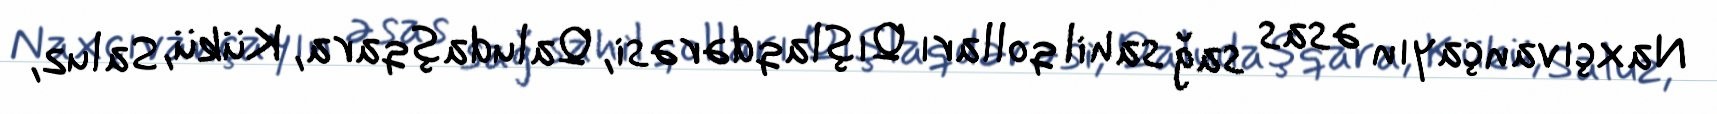
Naxçıvançayın əsas sağ sahil qolları Qışlaqdərəsi, Qaludaşqara, Kükü, Saluz,